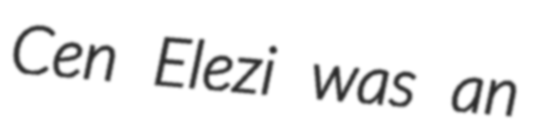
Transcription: Cen Elezi was an